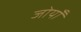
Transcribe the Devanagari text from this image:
जोयाँ